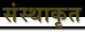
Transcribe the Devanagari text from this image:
संस्थाकृत